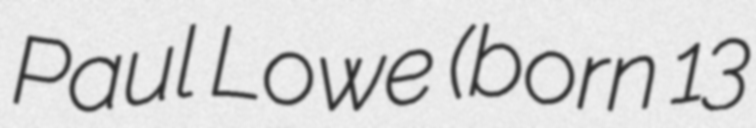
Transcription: Paul Lowe (born 13